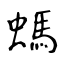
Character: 螞